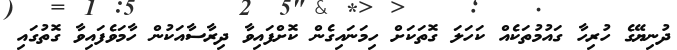
ދުނިޔޭގެ ހުރިހާ ގައުމުތަކެއް ކަހަލަ ގޮތަކަށް ހިމަނައިގެން ކޮށްފައިވާ ދިރާސާއަކުން ހާމަވެފައިވާ ގޮތުގައި